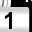
Digit: 1